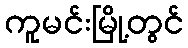
ကူမင်းမြို့တွင်